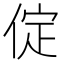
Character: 𠉵